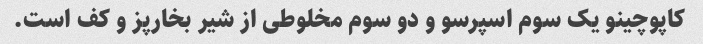
کاپوچینو یک سوم اسپرسو و دو سوم مخلوطی از شیر بخارپز و کف است.